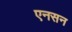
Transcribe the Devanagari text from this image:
एनसन